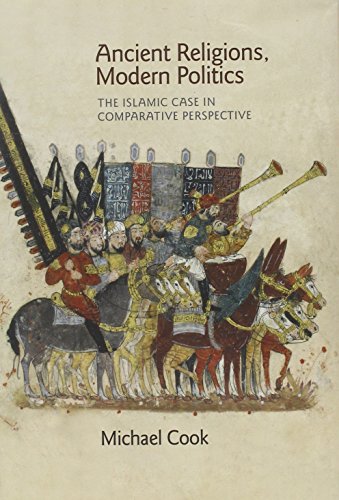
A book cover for Ancient Religions, Modern Politics: The Islamic Case in Comparative Perspective; Michael Cook; Religion & Spirituality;